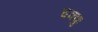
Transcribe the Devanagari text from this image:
चक्कु